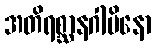
အတိရစ္ဆာနဂါမိနော